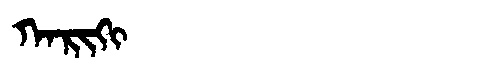
Manchu: ᡴᠠᡵᡳᡴᡳ
Romanization: KARIKI